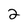
Character: 2